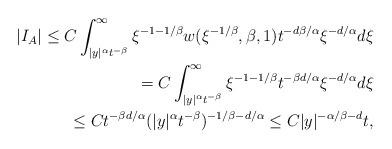
LaTeX: \begin{align*}|I_{A}| \le C \int_{|y|^{\alpha}t^{-\beta}}^{\infty}\xi^{-1-1/\beta}w(\xi^{-1/\beta}, \beta, 1)t^{-d\beta/\alpha}\xi^{-d/\alpha}d\xi \\= C \int_{|y|^{\alpha}t^{-\beta}}^{\infty}\xi^{-1-1/\beta}t^{-\beta d/\alpha}\xi^{-d/\alpha}d\xi \\\le C t^{-\beta d/\alpha}(|y|^{\alpha}t^{-\beta})^{-1/\beta - d/\alpha}\le C |y|^{-\alpha/\beta - d}t,\end{align*}